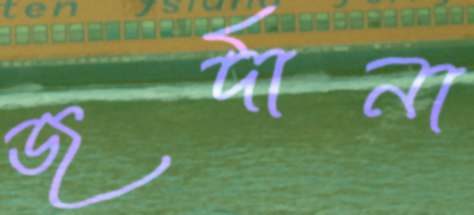
জর্দানা